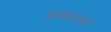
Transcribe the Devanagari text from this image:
आकाशाशी